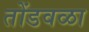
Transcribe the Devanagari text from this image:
तोंडवळा